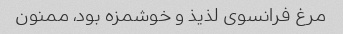
مرغ فرانسوی لذیذ و خوشمزه بود، ممنون